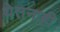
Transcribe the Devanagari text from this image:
येतनाही